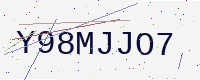
Text: Y98MJJO7